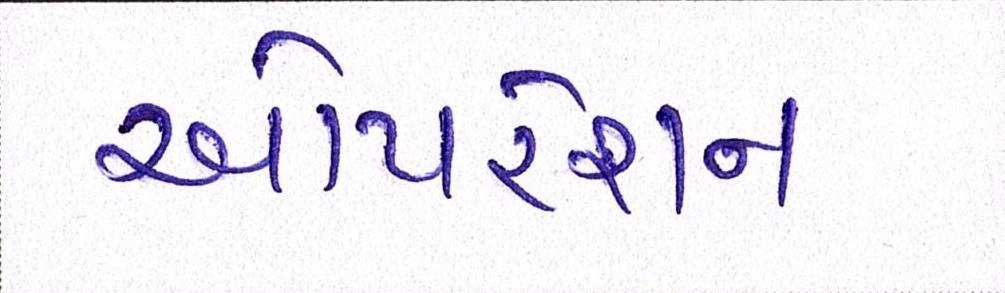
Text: ઓપરશન